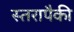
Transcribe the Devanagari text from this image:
स्तरापैकी